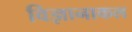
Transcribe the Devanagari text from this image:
विज्ञानाकल